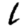
Digit: 1